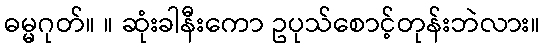
ဓမ္မဂုတ်။ ။ ဆုံးခါနီးကော ဥပုသ်စောင့်တုန်းဘဲလား။